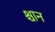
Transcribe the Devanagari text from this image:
श्चान